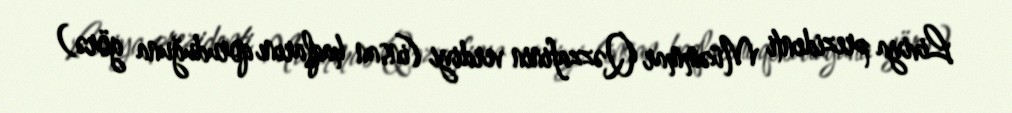
Liviya prezidenti Müəmmar Qəzzafinin verdiyi (insan haqlarını qoruduğuna görə)